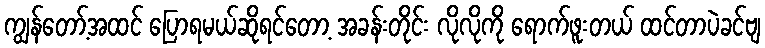
ကျွန်တော့်အထင် ပြောရမယ်ဆိုရင်တော့ အခန်းတိုင်း လိုလိုကို ရောက်ဖူးတယ် ထင်တာပဲခင်ဗျ